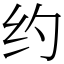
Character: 约